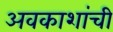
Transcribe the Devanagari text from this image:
अवकाशांची